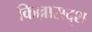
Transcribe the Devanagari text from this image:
किल्लासदृश